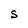
Character: S